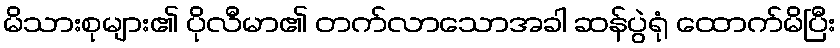
မိသားစုများ၏ ပိုလီမာ၏ တက်လာသောအခါ ဆန်ပွဲရုံ ထောက်မိပြီး